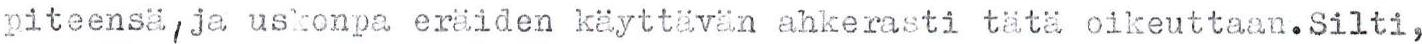
piteensä ja uskonpa eräiden käyttävän ahkerasti tätä oikeuttaan.Silti,